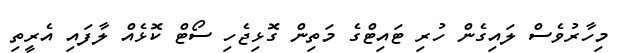
މިހާރުވެސް ލައިގެން ހުރި ޓައިޓްގެ މަތިން ގޮޅިޖެހި ސޯޓް ކޮޅެއް ލާފައި އެރީތި